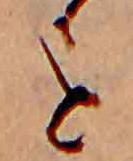
を